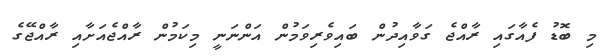
މި ބޮޑު ފެއާގައި ރާއްޖެ ގަވާއިދުން ބައިވެރިވަމުން އަންނަނީ މިކަމުން ރާއްޖެއަށާއި ރާއްޖޭގެ